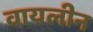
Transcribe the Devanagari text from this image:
वायलीन